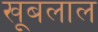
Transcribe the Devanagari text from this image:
खूबलाल